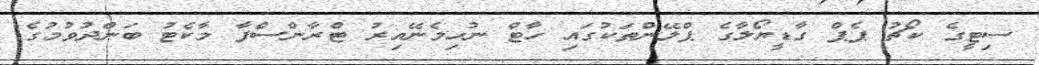
ސިޓީގެ ކޯޗު ޕެޕް ގާޑީޔޯލާގެ ޕްލޭންތަކުގައި ހާޓް ނުހިމެނޭއިރު ޓްރާންސްފާ މާކެޓު ބަންދުވުމުގެ